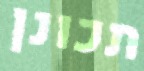
תכונן